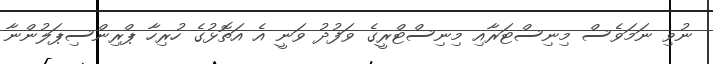
ނުވި ނަމަވެސް މިނިސްޓަރާއި މިނިސްޓްރީގެ ވަފުދު ވަނީ އެ އަތޮޅުގެ ހުރިހާ ޕްރިންސިޕަލުންނާ